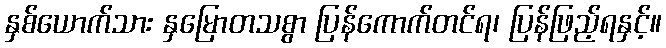
နှစ်ယောက်သား နှမြောတသစွာ ပြန်ကောက်တင်ရ၊ ပြန်ဖြည့်ရနှင့်။